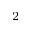
^ 2